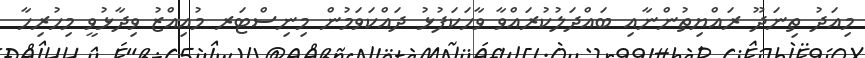
މިއަދު ތިނަދޫ ރައްޔިތުންނާއި ބައްދަލުކުރައްވާ ވާހަކަފުޅު ދައްކަވަމުން މިނިސްޓަރ މުއިއްޒު ވިދާޅުވީ މިހުރިހާ